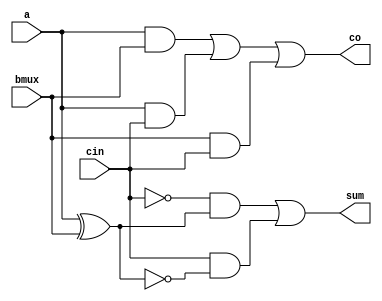
`timescale 1ns / 1ps
//////////////////////////////////////////////////////////////////////////////////
// Company: 
// Engineer: 
// 
// Design Name: 
// Module Name:    full_adder 
// Project Name: 
// Target Devices: 
// Tool versions: 
// Description: 
//
// Dependencies: 
//
// Revision: 
// Revision 0.01 - File Created
// Additional Comments: 
//
//////////////////////////////////////////////////////////////////////////////////
// MODULE full_adder.v
// sum = a b' c' + a' b cin' + a b cin + a' b' cin
// cout = a b + a cin + b cin
module full_adder (
output sum, co,
input a, bmux, cin);
wire co1, co2, co3, x_or, x_nor, cin_n, sum1, sum2;
// sum
xor M1 (x_or, a, bmux);
xnor M2 (x_nor, a, bmux);
not M3 (cin_n, cin);
and M4 (sum1, cin_n, x_or);
and M5 (sum2, cin, x_nor);
or M6(sum, sum1, sum2);
// cout
and M7 (co1, a, bmux);
and M8 (co2, a, cin);
and M9 (co3, bmux, cin);
or M10 (co, co1, co2, co3);
endmodule